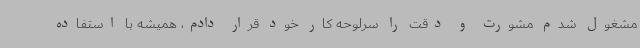
مشغول شدم مشورت و دقت را سرلوحه کار خود قرار دادم، همیشه با استفاده